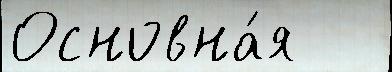
Основна́я